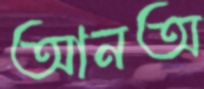
আনঅ